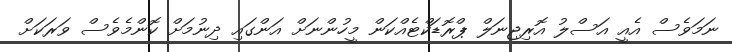
ނަމަވެސް އެއީ އަސްލު އޮރިޖިނަލް ޕްރޮޑަކްޓެއްކަން މީހުންނަށް އަންގައި ދިނުމަށް ކޮންމެވެސް ވަރަކަށް